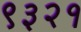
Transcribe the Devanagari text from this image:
९३२१